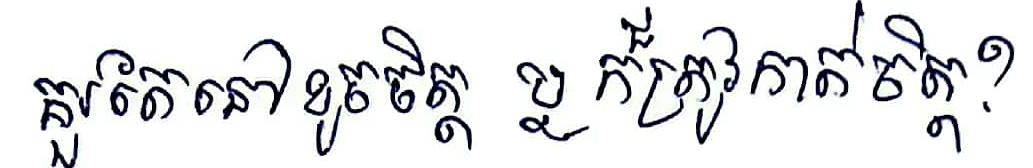
គួរតែនៅ ខូចចិត្ត ឬ ក៏ត្រូវកាត់ចិត្ត?